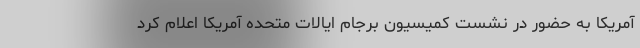
آمریکا به حضور در نشست کمیسیون برجام ایالات متحده آمریکا اعلام کرد